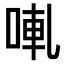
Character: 𠵣